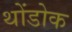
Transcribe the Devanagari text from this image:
थोंडोक